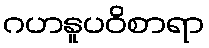
ဂဟနူပဝိစာရာ